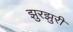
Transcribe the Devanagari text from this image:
झुरझुरी